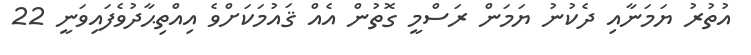
އުތުރު ޔަމަނާއި ދެކުނު ޔަމަން ރަސްމީ ގޮތުން އެއް ޤައުމަކަށްވެ އިއްތިޙާދުވެފައިވަނީ 22